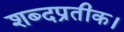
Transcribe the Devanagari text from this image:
शब्दप्रतीक।